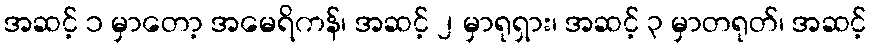
အဆင့် ၁ မှာတော့ အမေရိကန်၊ အဆင့် ၂ မှာရုရှား၊ အဆင့် ၃ မှာတရုတ်၊ အဆင့်